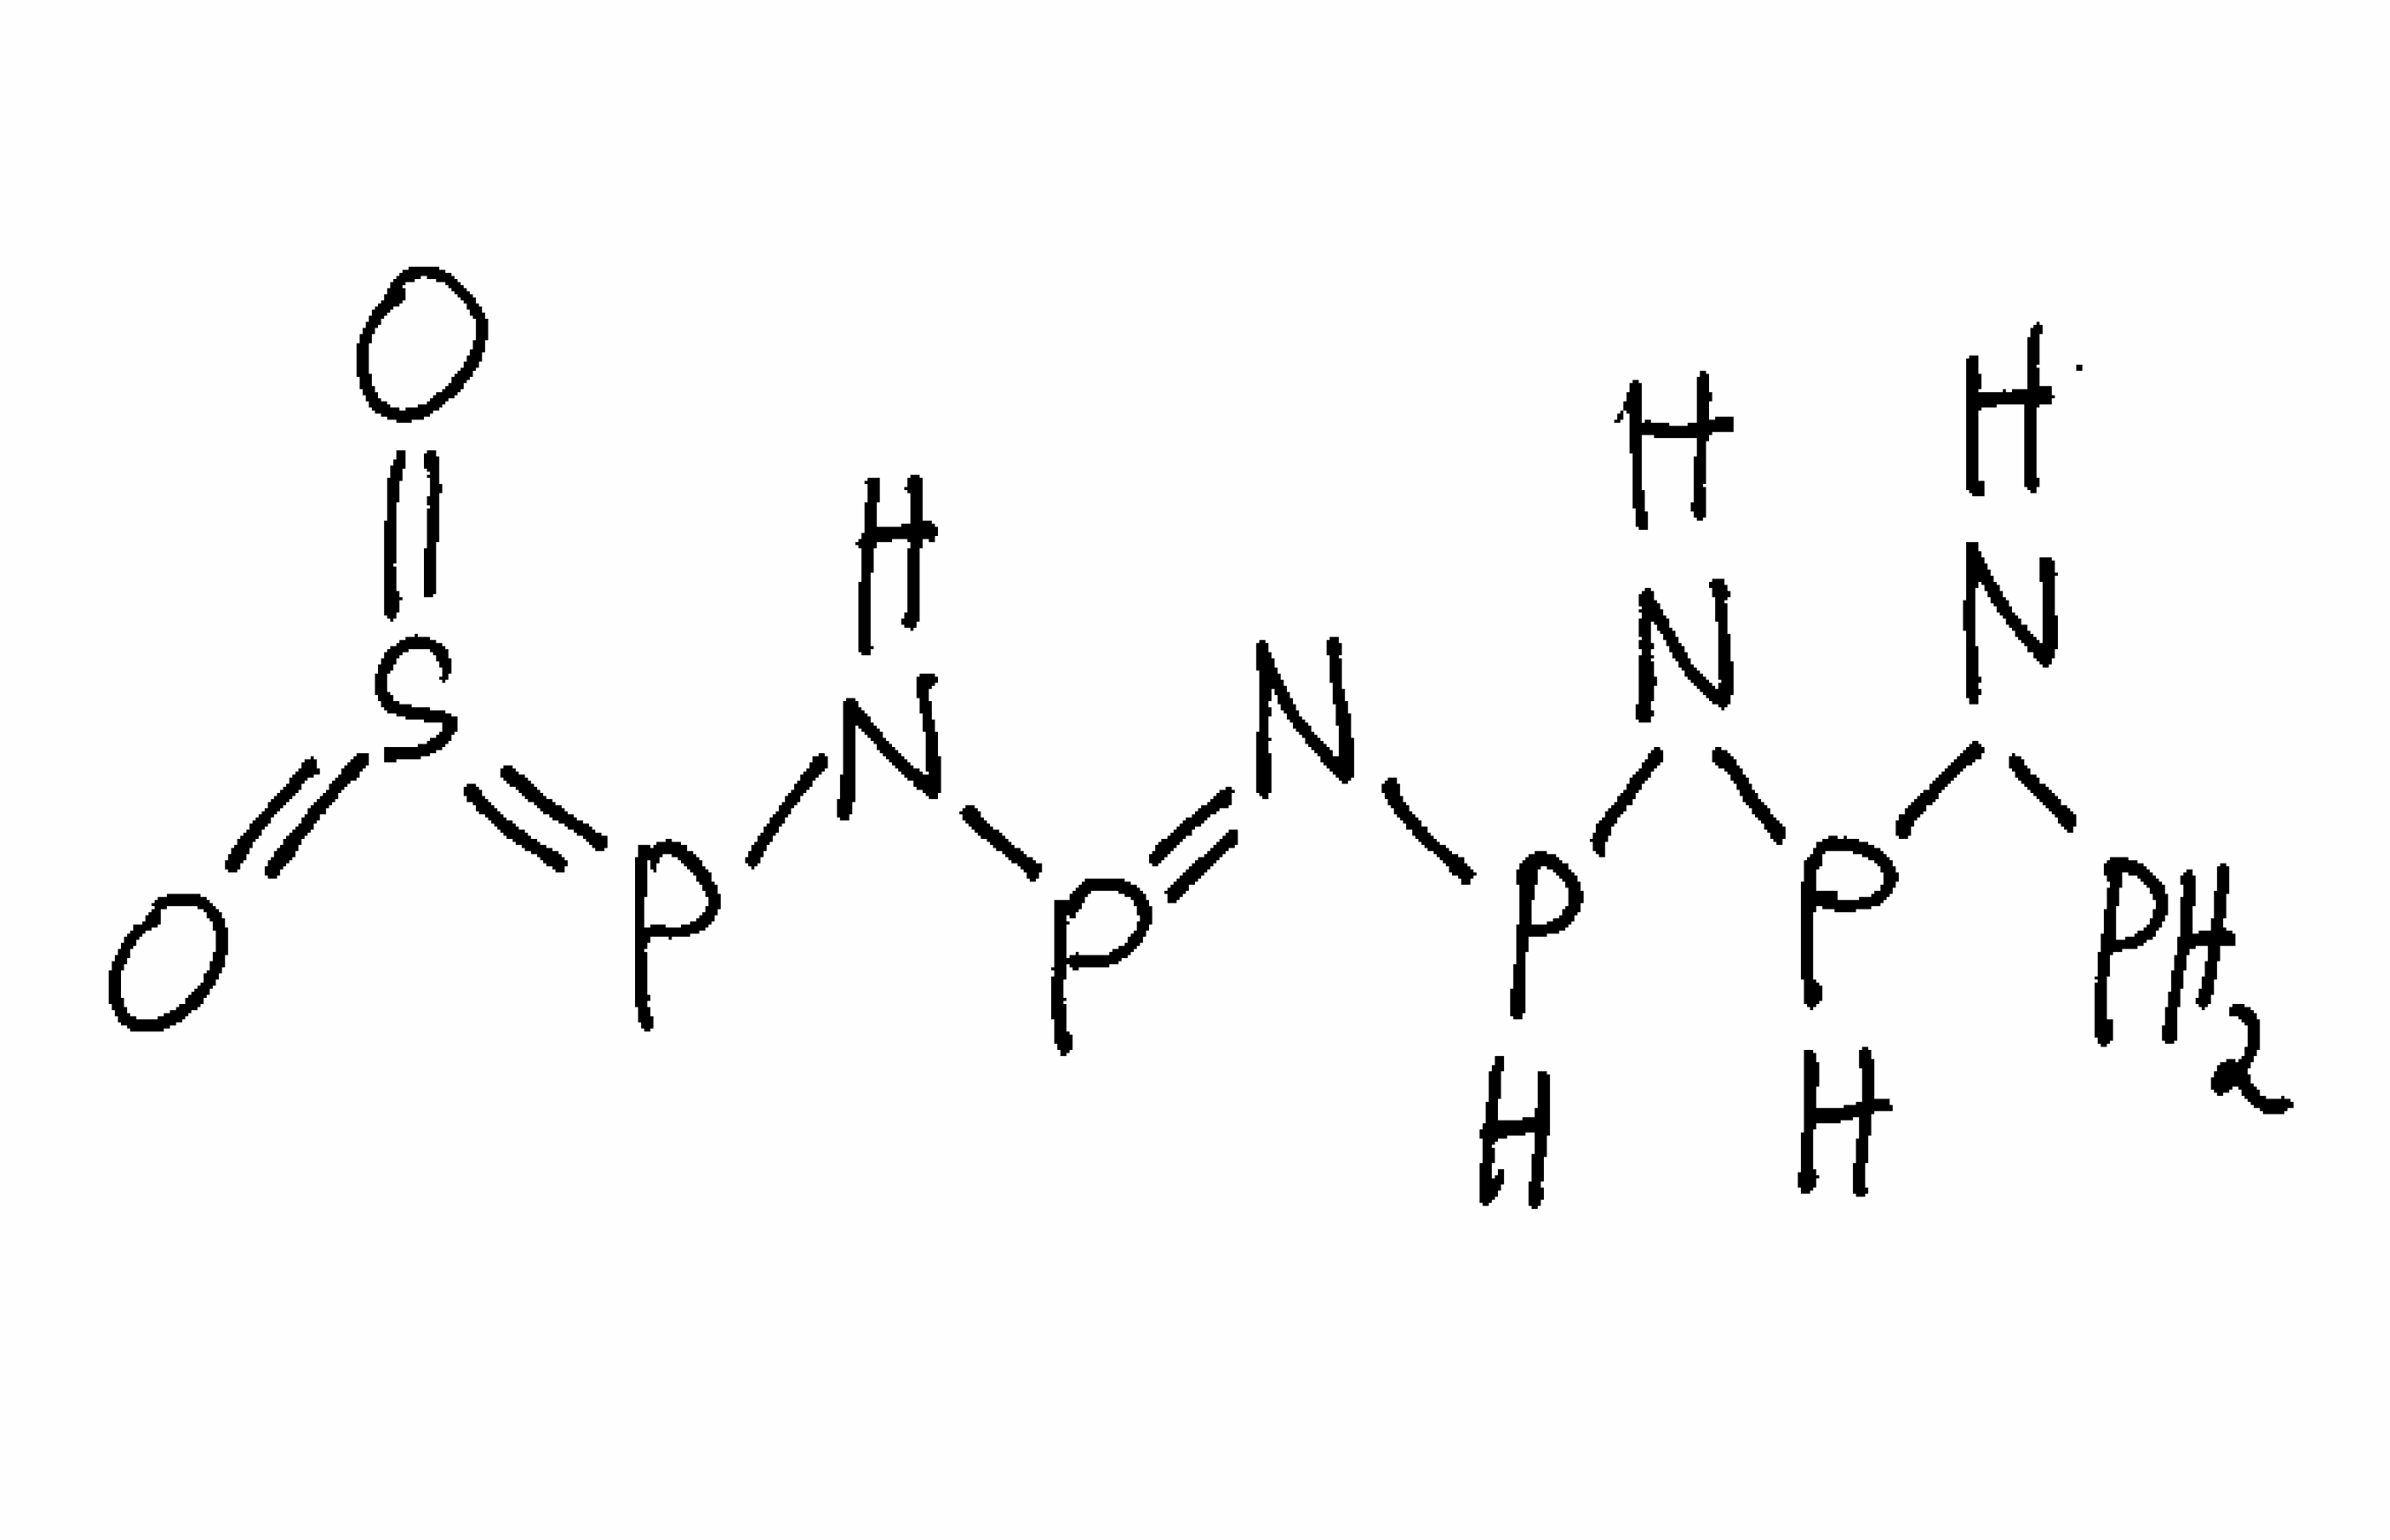
Simplified molecular-input line-entry system (SMILES) notation of the given molecule:
N(P)PNPN=PNP=S(=O)=O